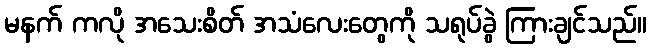
မနက် ကလို အသေးစိတ် အသံလေးတွေကို သရုပ်ခွဲ ကြားချင်သည်။